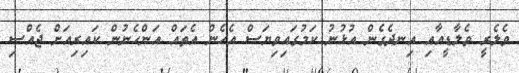
ވެލެރީ ވެލާޑީއާއި އިނދެގެން އުޅުނު ކަމުގައިވިޔަސް އެހެން އެތައް އަންހެނުން ކަައިރިއަށް ޖެއްސި